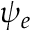
\psi _ { e }